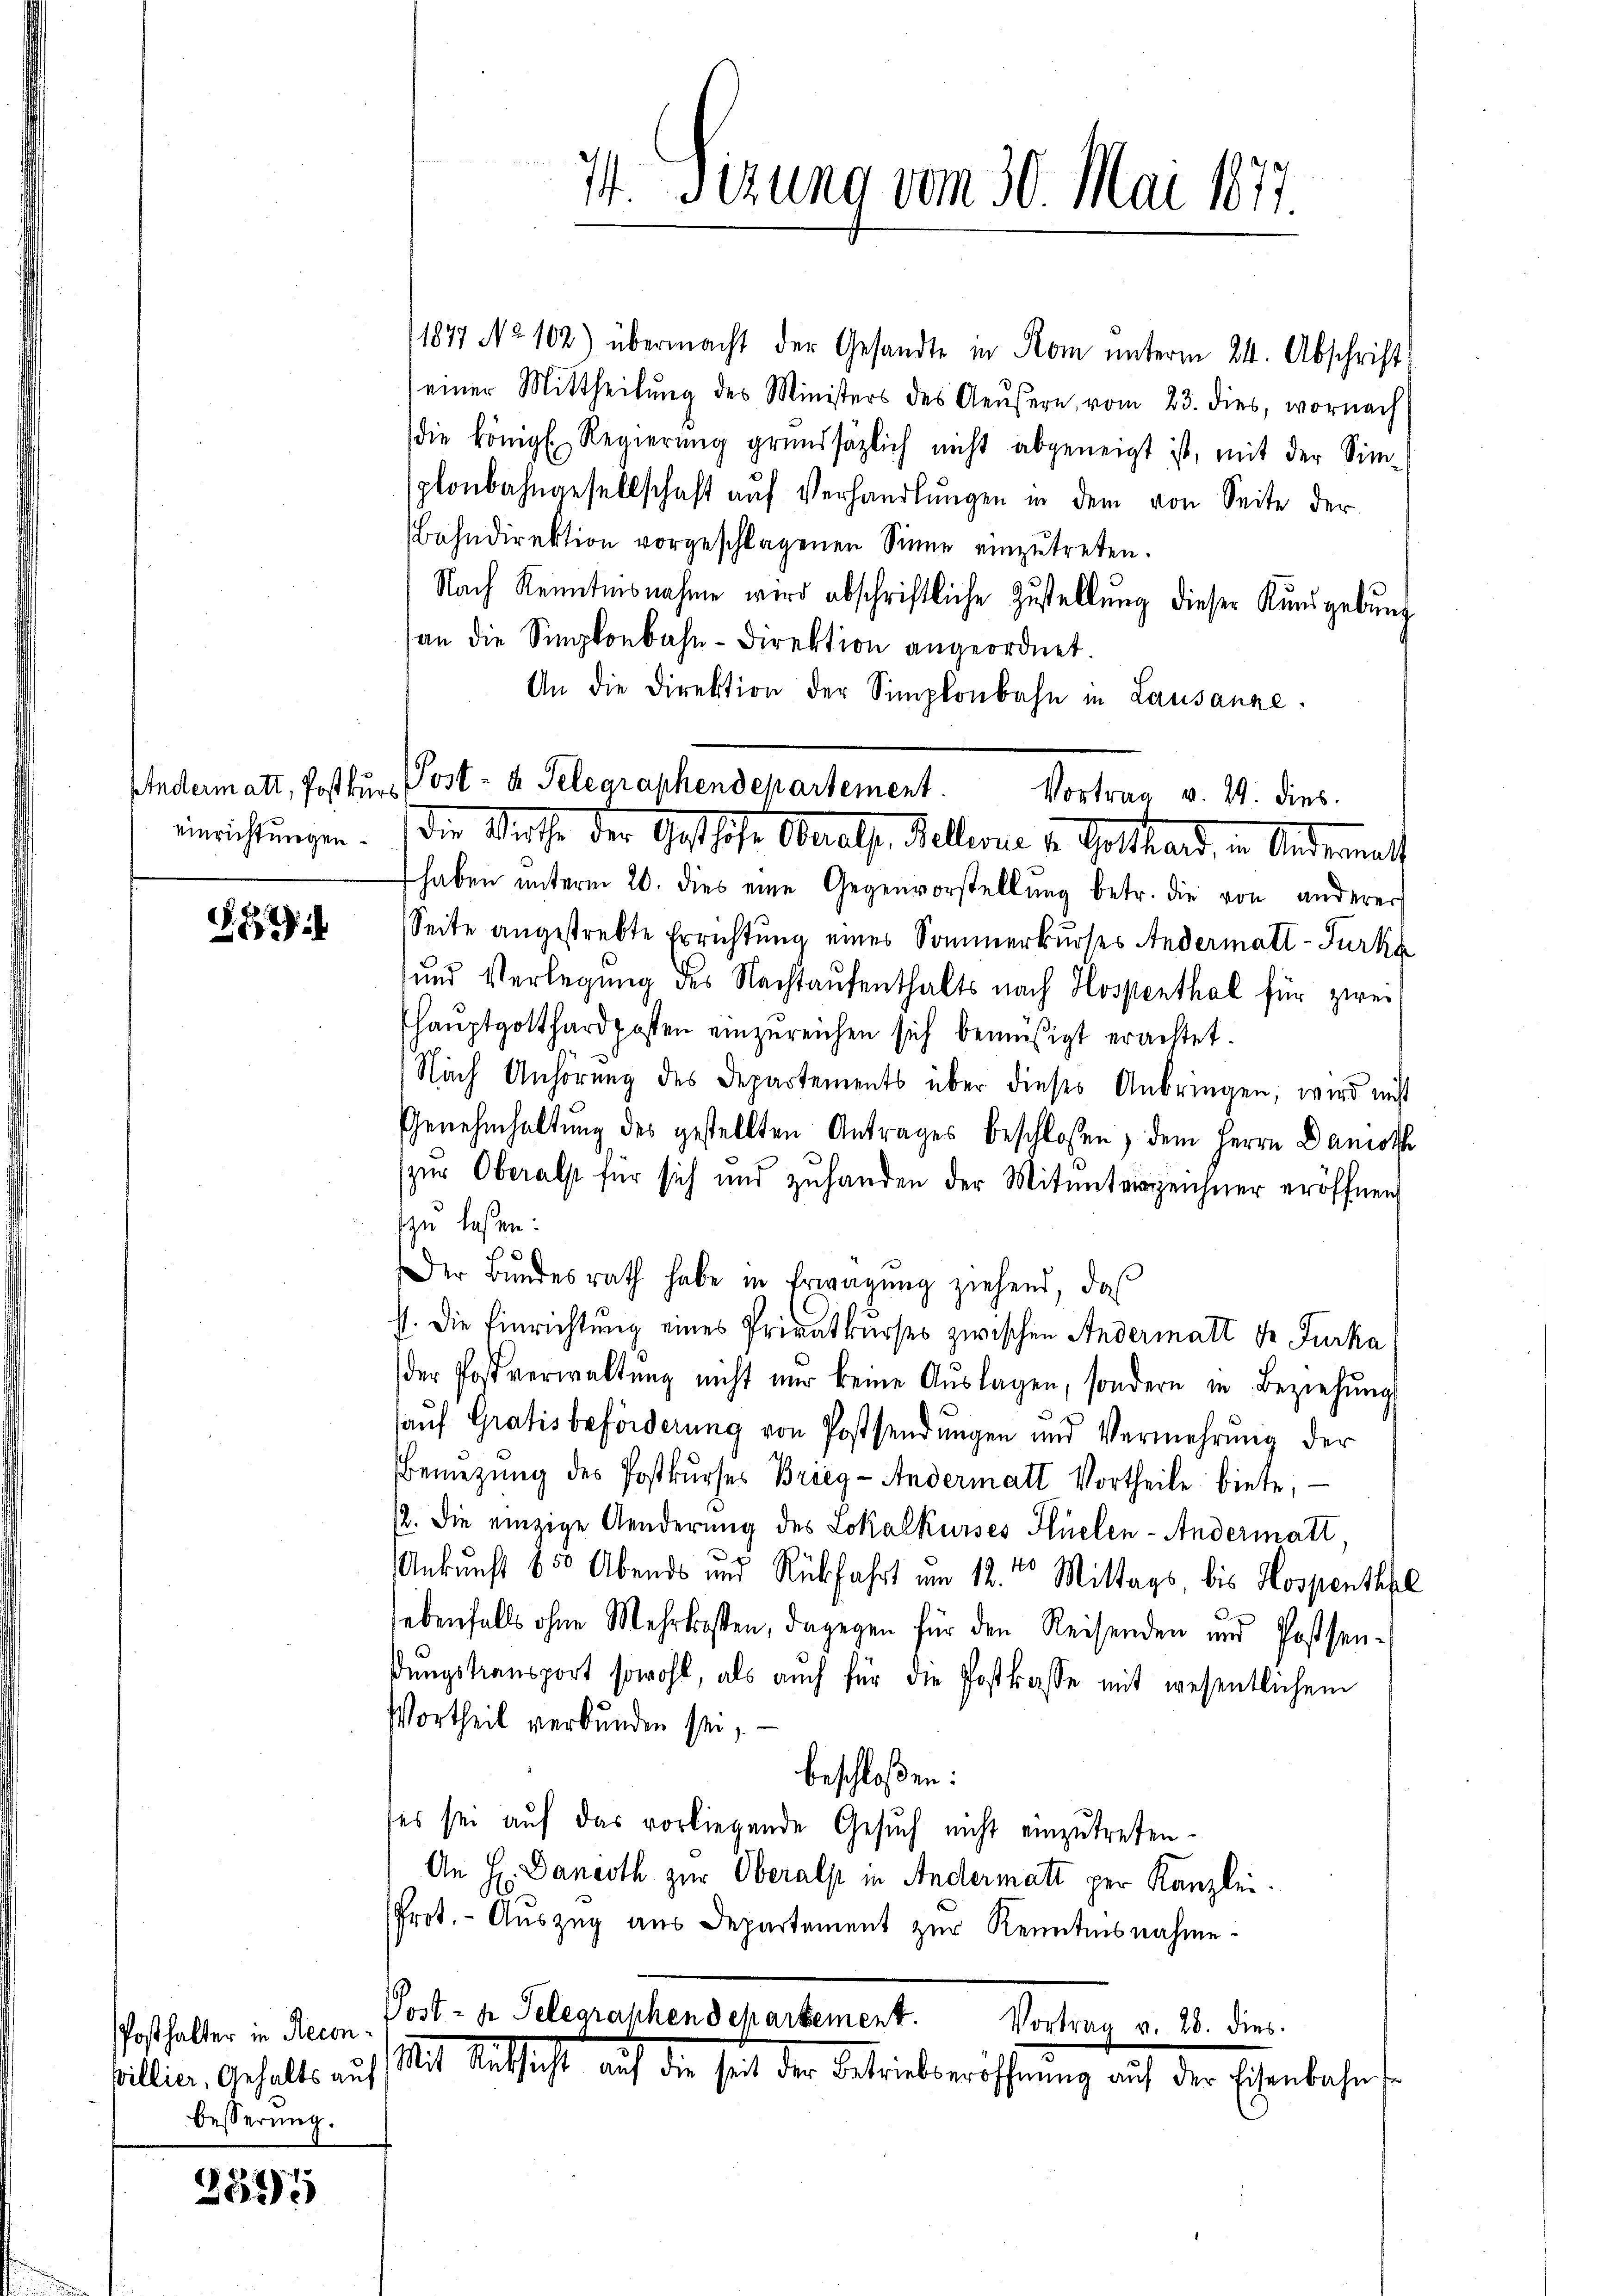
Andermatt, Postkurs

.82)

willier, Gehalts auf
besserung.

2535

I Sizung vom 30. Mai 1877.

1877 No 102) übermacht der Gesandte in Rom unterm 24. Abschrift
einer Mittheilŭng des Ministers des Aeŭsern vom 23. dies, wornach
die königl. Regierŭng grundsätzlich nicht abgeneigt ist, mit der Sim-
plonbahngesellschaft aŭf Verhandlŭngen in dem von Seite der
Bahndirektion vorgeschlagenen Sinne einzutreten.
Nach Kenntnisnahme wird abschriftliche Zustellung dieser Kundgebung
an die Simplonbahn-Direktion angeordnet.
An die Direktion der Simplonbahn in Lausanne.
haben ŭnterm 20. dies eine Gegenvorstellung betr. die von anderer
Seite angestrebte Errichtung eines Sommerkurses Andermatt-Furka
und Verlegung des Nachtaufenthalts nach Hospenthal für zweihaŭptgotthardposten einzureichen sich bemüßigt erachtet.
Nach Anhörung des Departements über dieses Anbringen, wird nicht
Genehmhaltŭng des gestellten Antrages beschlossen, dem Herrn Danoth
zur Oberalst für sich und zuhanden der Mitunterzeichner eröffnen
zu laßen:
Der Bŭndesrath habe in Erwägŭng ziehend, daβ
s. Die Einrichtung eines Privatkurses zwischen Andermatt dr Furka
der Postverwaltŭng nicht nur keine Aŭslagen, sondern in Beziehŭng
auf Gratis beförderung von Postsendungen und Vermehrung der
Benŭtzŭng des Postkŭrses Brieg - Andermatt Vortheile biete,
12. Die einzige Aenderung des Lokalkurses Hlüelen-Andermatt
Ankunft 850 Abends und Rückfahrt um 12.ten Mittags, bis Hospenthal
lebenfalls ohne Mehrkosten, dagegen für den Reisenden und Possen-
sŭngstransport sowohl, als auch für die Postkasse mit wesentlichem
Vortheil verbunden sei,
beschloßen:
ses sei auf das vorliegende Gesuch nicht einzutreten.
An H. Dancoth zur Oberalp in Andermatt per Kanzlei.
Prot. - Auszug aus Departement zur Kenntnisnahme¬
Posthalter in Recon Post- u. Telegraphendepartement. Vortrag v. 28. dies

Post- u Selegraphendepartement. Vortrag v. 24. dies
inrichtungen. Die Weise der Geschehe Oberals. Mellinie zu Gotthard, in Anderent

Mit Kathacht, auf die heit der Betriebseröffnung auf der Eisenbahnf